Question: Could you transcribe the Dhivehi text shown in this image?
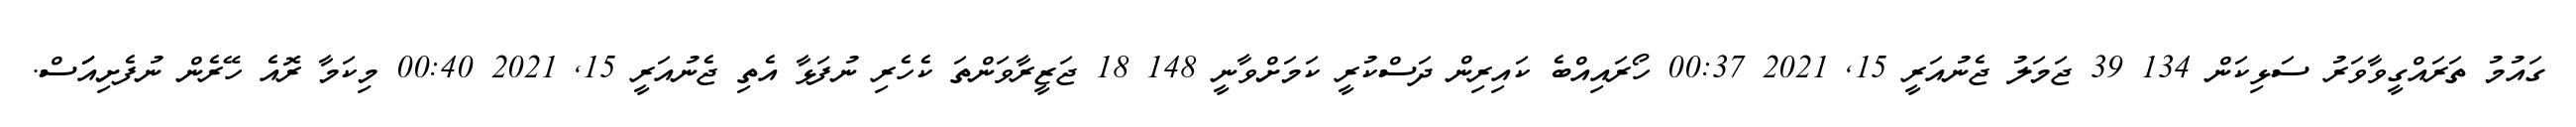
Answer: ގައުމު ތަރައްގީވާވަރު ސަޅިކަން 134 39 ޖަމަލު ޖެނުއަރީ 15, 2021 00:37 ހޯރައިއްބެ ކައިރިން ދަސްކުރީ ކަމަށްވާނީ 148 18 ޖަޒީރާވަންތަ ކެހެރި ނުފަޅާ އެތި ޖެނުއަރީ 15, 2021 00:40 މިކަމާ ރޮއެ ހޭރެން ނުފެށިއަަަސް.